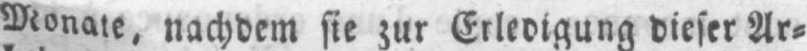
Monate, nachdem sie zur Erledigung dieser Ar⸗